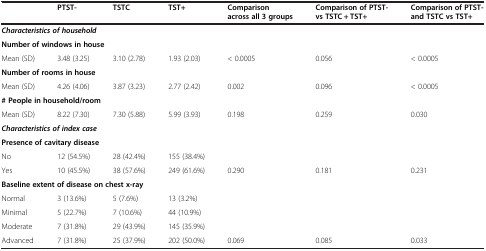
<table><thead><tr><td><b> </b></td><td><b>PTST-</b></td><td><b>TSTC</b></td><td><b>TST+</b></td><td><b>Comparison across all 3 groups</b></td><td><b>Comparison of PTST- vs TSTC + TST+</b></td><td><b>Comparison of PTST- and TSTC vs TST+</b></td></tr></thead><tbody><tr><td colspan="7"><b><i>Characteristics of household</i></b></td></tr><tr><td colspan="7"><b>Number of windows in house</b></td></tr><tr><td>Mean (SD)</td><td>3.48 (3.25)</td><td>3.10 (2.78)</td><td>1.93 (2.03)</td><td>&lt; 0.0005</td><td>0.056</td><td>&lt; 0.0005</td></tr><tr><td colspan="7"><b>Number of rooms in house</b></td></tr><tr><td>Mean (SD)</td><td>4.26 (4.06)</td><td>3.87 (3.23)</td><td>2.77 (2.42)</td><td>0.002</td><td>0.096</td><td>&lt; 0.0005</td></tr><tr><td colspan="7"><b># People in household/room</b></td></tr><tr><td>Mean (SD)</td><td>8.22 (7.30)</td><td>7.30 (5.88)</td><td>5.99 (3.93)</td><td>0.198</td><td>0.259</td><td>0.030</td></tr><tr><td colspan="7"><b><i>Characteristics of index case</i></b></td></tr><tr><td colspan="7"><b>Presence of cavitary disease</b></td></tr><tr><td>No</td><td>12 (54.5%)</td><td>28 (42.4%)</td><td>155 (38.4%)</td><td> </td><td> </td><td> </td></tr><tr><td>Yes</td><td>10 (45.5%)</td><td>38 (57.6%)</td><td>249 (61.6%)</td><td>0.290</td><td>0.181</td><td>0.231</td></tr><tr><td colspan="7"><b>Baseline extent of disease on chest x-ray</b></td></tr><tr><td>Normal</td><td>3 (13.6%)</td><td>5 (7.6%)</td><td>13 (3.2%)</td><td> </td><td> </td><td> </td></tr><tr><td>Minimal</td><td>5 (22.7%)</td><td>7 (10.6%)</td><td>44 (10.9%)</td><td> </td><td> </td><td> </td></tr><tr><td>Moderate</td><td>7 (31.8%)</td><td>29 (43.9%)</td><td>145 (35.9%)</td><td> </td><td> </td><td> </td></tr><tr><td>Advanced</td><td>7 (31.8%)</td><td>25 (37.9%)</td><td>202 (50.0%)</td><td>0.069</td><td>0.085</td><td>0.033</td></tr></tbody></table>